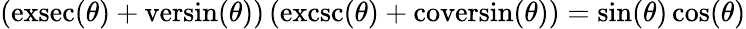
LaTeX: (\operatorname{exsec}(\theta)+\operatorname{versin}(\theta))\, (\operatorname{excsc}(\theta)+\operatorname{coversin}(\theta))=\sin(\theta)\cos(\theta)